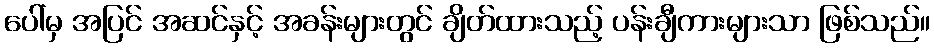
ပေါ်မှ အပြင် အဆင်နှင့် အခန်းများတွင် ချိတ်ထားသည့် ပန်းချီကားများသာ ဖြစ်သည်။